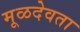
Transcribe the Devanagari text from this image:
मूळदेवता